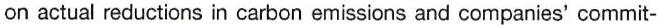
on actual reductions in carbon emissions and companies' commit-